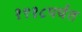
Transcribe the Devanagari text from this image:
१९१८पर्यंत